Report on sanitation, dispensaries, and jails in Rajputana for 1912, and on vaccination for the year 1912-1913 - 1912-1913
Year: 1912
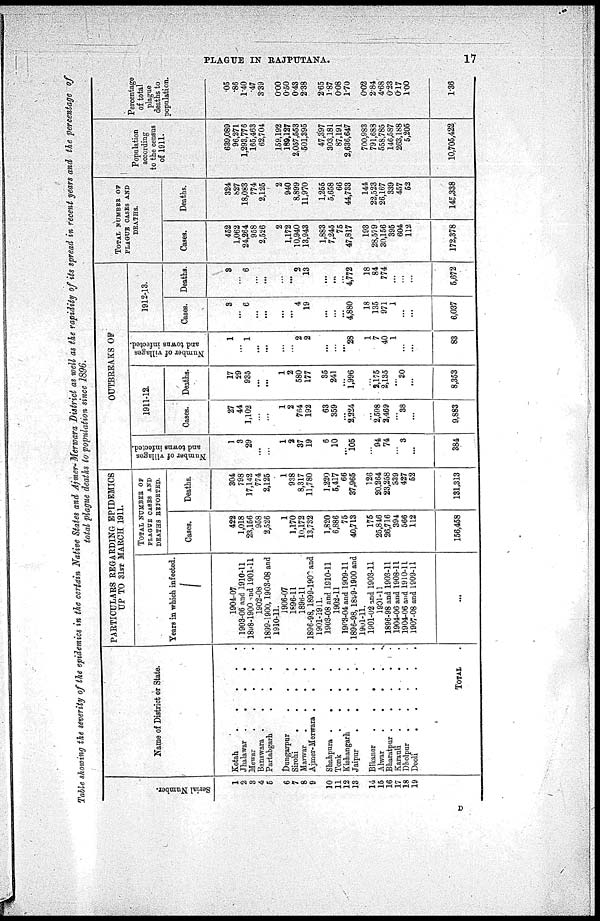
PLAGUE IN RAJPUTANA.
17
Table showing the severity of the epidemics in the certain Native States and Ajmer-Merwara District as well as the rapidity of its spread in recent years and the percentage of
total plague deaths to population since 1896.
Serial Number.
1
2
3
4
5
6
7
8
9
10
11
12
13
14
15
16
17
18
19
Name of District or State.
Kotah
.
.
.
.
.
.
Jhalawar
.
.
.
.
.
Mewar
.
.
.
.
.
Banswara
.
.
.
.
.
Partabgarh
.
.
.
.
.
Dungarpur
.
.
.
.
.
Sirohi
.
.
.
.
.
Marwar
.
.
.
.
.
Ajmer-Merwara
.
.
.
.
Shahpura
.
.
.
.
.
Tonk
.
.
.
.
.
Kishangarh.
.
.
.
.
.
Jaipur
.
.
.
.
.
.
Bikaner . . . . .
Alwar . . . . .
Bharatpur
.
.
.
.
.
Karauli
.
.
.
.
.
Dholpur
.
.
.
.
.
.
Deoli . . . .
TOTAL
PARTICULARS REGARDING EPIDEMICS
UP TO 31ST MARCH 1911.
Years in which infected.
1904-07
1903-06 and 1910-11
1898-1900 and 1901-11
1902-08
1899-1900, 1903-08 and
1910-11.
1906-07
1896-11
1896-11
1896-98, 1899-1900 and
1901-1911.
1903-08 and 1910-11
1902-11
1903-04 and 1909-11
1896-98, 1899-1900 and
1901-11.
1901-02 and 1903-11
1901-11
1896-98 and 1903-11
1904-06 and 1908-11
1904-06 and 1910-11
1907-08 and 1909-11
...
TOTAL NUMBER OF
PLAGUE CASES AND
DEATHS REPORTED.
Cases.
422
1,018
23,156
958
2,526
1
1,170
10,172
13,732
1,820
6,886
75
40,713
175
25,846
26,716
394
566
112
156,458
Deaths.
304
798
17,142
774
2,125
1
938
8,317
11,780
1,220
5,417
66
37,965
126
20,264
23,258
339
427
52
131,313
OUTBREAKS OF
Number of villages
and towns infected.
1
3
29
...
...
1
2
37
19
6
10
...
105
...
94
74
...
3
...
384
1911-12.
Cases.
27
44
1,102
...
...
1
2
764
192
63
359
...
2,224
...
2,598
2,469
...
38
...
9,883
Deaths.
17
29
935
...
...
1
2
580
177
35
241
...
1,996
...
2,175
2,135
...
30
...
8,353
Number of villages
and towns infected.
1
...
1
...
...
...
...
2
2
...
...
...
28
1
7
40
1
...
...
83
1912-13.
Cases.
3
...
6
...
...
...
...
4
19
...
...
...
4,880
18
135
971
1
...
...
6,037
Deaths.
3
...
6
...
...
...
...
3
13
...
...
...
4,772
18
84
774
...
...
...
5,672
TOTAL NUMBER OF
PLAGUE CASES AND
DEATHS.
Cases.
452
1,062
24,264
958
2,526
2
1,172
10,940
13,943
1,883
7,245
75
47,817
193
28,579
30,156
395
604
112
172,378
Deaths.
324
827
18,083
774
2,125
2
940
8,899
11,970
1,255
5,658
66
44,733
144
22,523
26,167
339
457
52
145,338
Population
according
to the census
of 1911.
639,089
96,271
1,293,776
165,463
62,704
159,192
189,127
2,057,553
501,395
47,397
303,181
87,191
2,636,647
700,983
791,688
558,785
146,587
263,188
5,205
10,705,422
Percentage
of total
plague
deaths to
population.
.05
.86
1.40
.47
3.39
0.00
0.50
0.43
2.38
2.65
1.87
0.08
1.70
0.02
2.84
4.68
0.23
0.17
1.00
1.36
D